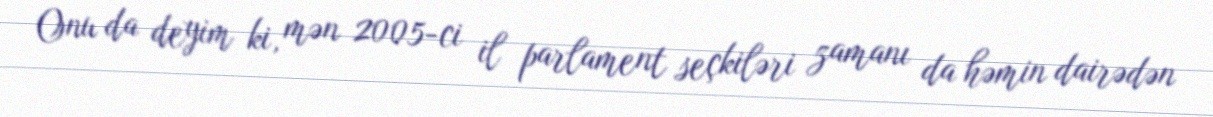
Onu da deyim ki, mən 2005-ci il parlament seçkiləri zamanı da həmin dairədən